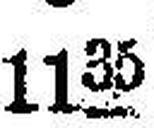
1135